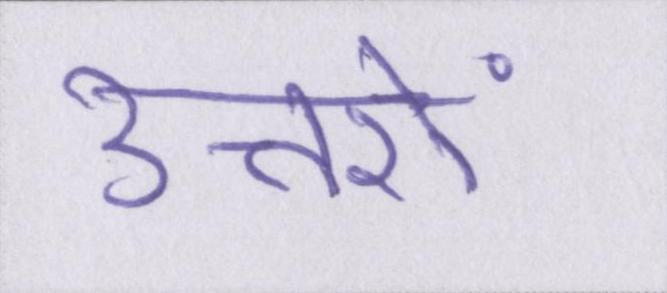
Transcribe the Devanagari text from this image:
उत्तरों